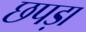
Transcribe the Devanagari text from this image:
छपड़ा